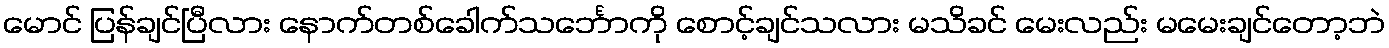
မောင် ပြန်ချင်ပြီလား နောက်တစ်ခေါက်သင်္ဘောကို စောင့်ချင်သလား မသိခင် မေးလည်း မမေးချင်တော့ဘဲ